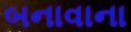
બનાવાના